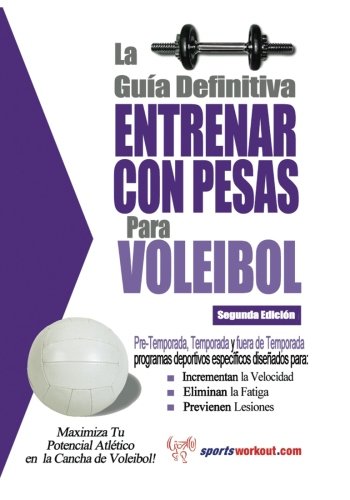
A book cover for La guÃ­a definitiva - Entrenar con pesas para voleibol (Spanish Edition); Rob Price; Sports & Outdoors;